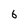
Character: 6